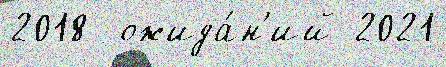
2018  ожида́н'ий 2021